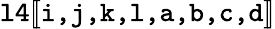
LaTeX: \texttt{l4}[\! [\texttt{i,j,k,l,a,b,c,d}]\! ]